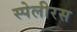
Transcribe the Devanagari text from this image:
स्पेलीरस